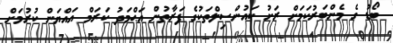
ބޯޑު ގެ މެންބަރުކަމަށް ރަށު ކައުންސިލްތަކުގެ ފަރާތުން އަޙްމަދު ކަރަމް އައްޔަން ކުރުމަށް